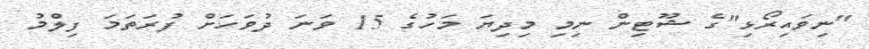
"ނިވައިރޯޅި"ގެ ޝޫޓިން ނިމި މިދިޔަ މަހުގެ 15 ވަނަ ދުވަހަށް ފުރަތަމަ ފިލްމު